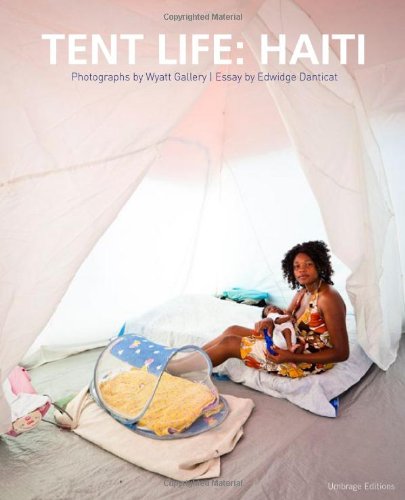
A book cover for Tent Life: Haiti; Wyatt Gallery; Travel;